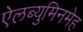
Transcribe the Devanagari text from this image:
ऐलब्युमिनमेह